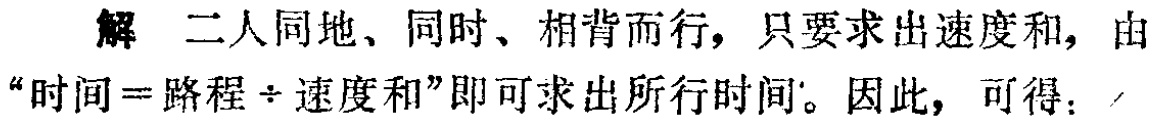
解 二人同地、同时、相背而行，只要求出速度和，由“时间 = 路程 \div 速度和”即可求出所行时间。因此，可得：